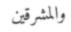
والمشرقين